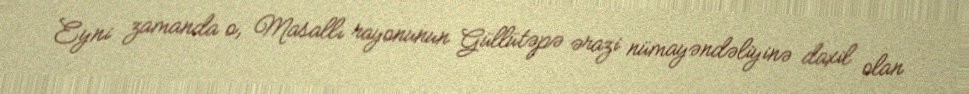
Eyni zamanda o, Masallı rayonunun Güllütəpə ərazi nümayəndəliyinə daxil olan